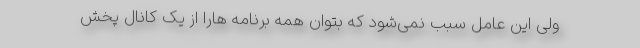
ولی این عامل سبب نمی‌شود که بتوان همه برنامه هارا از یک کانال پخش